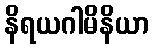
နိရယဂါမိနိယာ